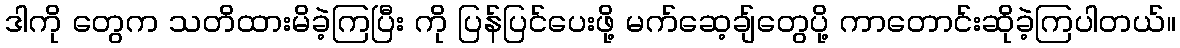
ဒါကို တွေက သတိထားမိခဲ့ကြပြီး ကို ပြန်ပြင်ပေးဖို့ မက်ဆေ့ချ်တွေပို့ ကာတောင်းဆိုခဲ့ကြပါတယ်။